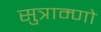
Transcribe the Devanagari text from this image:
सुत्राम्णो